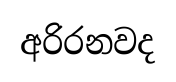
අරිරනවද